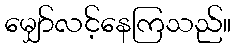
မျှော်လင့်နေကြသည်။